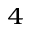
_ 4